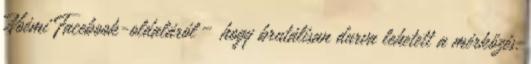
Noémi Facebook-oldaláról – hogy brutálisan durva lehetett a mérkőzés.